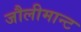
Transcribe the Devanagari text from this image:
जौलीमान्‍ट